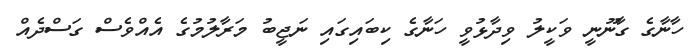
ހާނާގެ ގާނޫނީ ވަކީލު ވިދާޅުވީ ހަނާގެ ކިބައިގައި ނަޖީބު މަރާލުމުގެ އެއްވެސް ގަސްދެއް